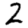
Digit: 2